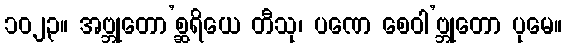
၁၀၂၃။ အဗ္ဘုတော’စ္ဆရိယေ တီသု၊ ပဏေ စေဝါ’ဗ္ဘုတော ပုမေ။